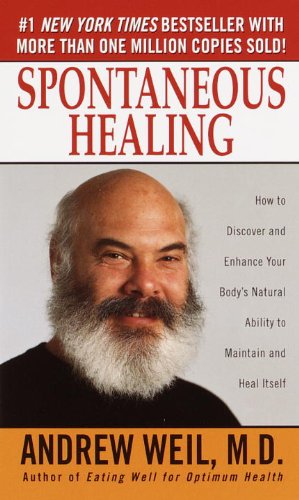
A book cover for Spontaneous Healing : How to Discover and Embrace Your Body's Natural Ability to Maintain and Heal Itself; Andrew Weil; Health, Fitness & Dieting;